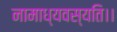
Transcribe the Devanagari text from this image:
नामाध्यवस्यति।।